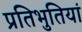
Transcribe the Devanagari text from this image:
प्रतिभुतियां